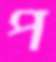
প